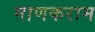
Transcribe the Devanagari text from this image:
माणकराम